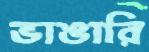
ভাঙারি